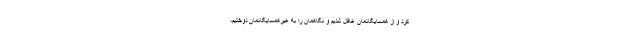
کرد و از همسایگانمان غافل شدیم و نگاهمان را به غیرهمسایگانمان دوختیم،